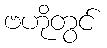
ဗဟိုတွင်